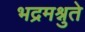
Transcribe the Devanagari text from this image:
भद्रमश्नुते